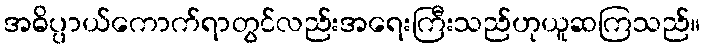
အဓိပ္ပာယ်ကောက်ရာတွင်လည်းအရေးကြီးသည်ဟုယူဆကြသည်။